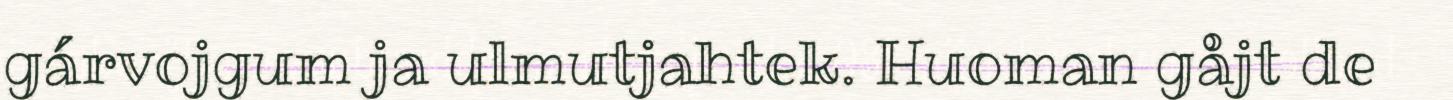
gárvojgum ja ulmutjahtek. Huoman gåjt de